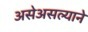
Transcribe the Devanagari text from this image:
असेअसल्याने